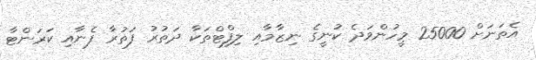
އެތަަނަށް 25000 މީހުންވަދެ ކުނީގެ ނިޒާމާއި ލިފްޓްތަކާ ދަތުރު ފަތުރާ ފެނާއި ކަރަންޓާ